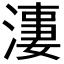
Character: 𱨌